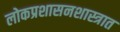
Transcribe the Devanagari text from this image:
लोकप्रशासनशास्त्रात